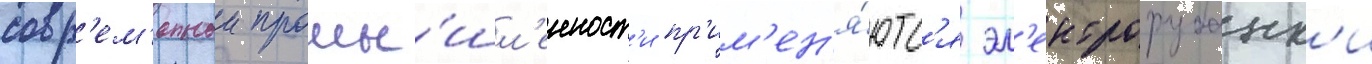
совр'ем'еннои промы́шл'енност'и пр'им'ен'я́ютс'я эл'ектрорубанк'и